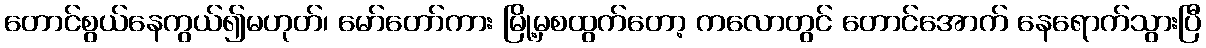
တောင်စွယ်နေကွယ်၍မဟုတ်၊ မော်တော်ကား မြို့မှစထွက်တော့ ကလောတွင် တောင်အောက် နေရောက်သွားပြီ